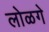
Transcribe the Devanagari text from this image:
लोळगे